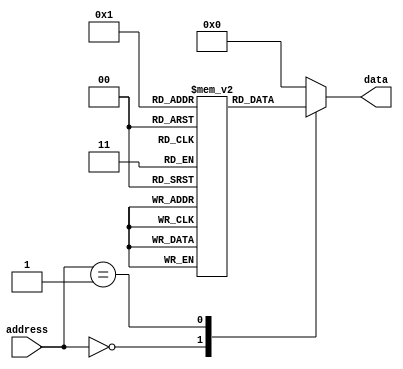
module ROM (
  input wire [ADDR_WIDTH-1:0] address,
  output reg [DATA_WIDTH-1:0] data
);

parameter ADDR_WIDTH = 8; // Number of address lines
parameter DATA_WIDTH = 8; // Number of data lines

reg [DATA_WIDTH-1:0] memory [0:(1<<ADDR_WIDTH)-1]; // Array for memory storage

initial begin
  // Initialize memory array with desired data values
  memory[0] = 8'b00000001;
  memory[1] = 8'b00000010;
  // Add more initializations as needed
end

always @(*) begin
  // Logic for selecting data based on input address
  case(address)
    0: data = memory[0];
    1: data = memory[1];
    // Add more cases as needed
    default: data = DATA_WIDTH'b0; // Default value if address not found
  endcase
end

endmodule